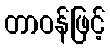
တာဝန်ဖြင့်